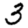
Digit: 3